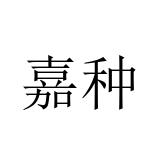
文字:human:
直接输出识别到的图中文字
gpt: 嘉种